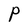
Character: P